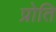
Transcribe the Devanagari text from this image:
प्रोति